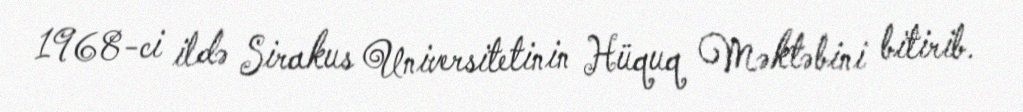
1968-ci ildə Sirakus Universitetinin Hüquq Məktəbini bitirib.